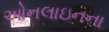
ઓનલાઇનના